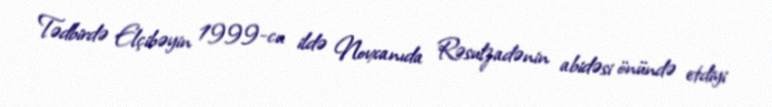
Tədbirdə Elçibəyin 1999-cu ildə Novxanıda Rəsulzadənin abidəsi önündə etdiyi